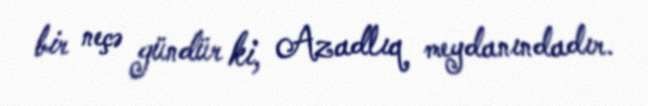
bir neçə gündür ki, Azadlıq meydanındadır.